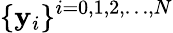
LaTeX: \{ \mathbf{y}_{i}\} ^{i=0,1,2,\ldots,N}